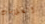
العلامات